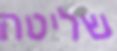
שליטה